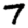
Digit: 7